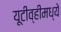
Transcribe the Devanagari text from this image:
यूटीव्हीमध्ये